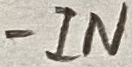
Text: -IN